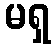
မရှ